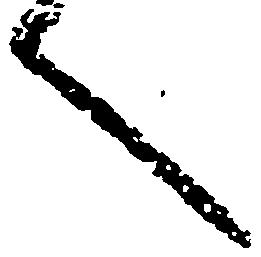
へ